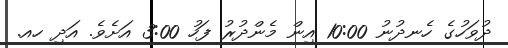
ދުވަހުގެ ހެނދުނު 10:00 އިން މެންދުރު ފަހު 3:00 އަށެވެ. އަދި ހއ.